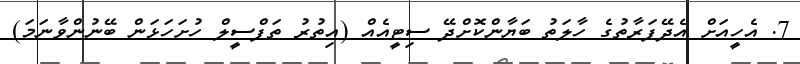
7. އެހީއަށް އެދޭފަރާތުގެ ހާލަތު ބަޔާންކޮށްދޭ ސިޓީއެއް (އިތުރު ތަފްސީލް ހުށަހަޅަން ބޭނުންވާނަމަ)